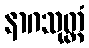
နာဂသုတ္တံ